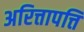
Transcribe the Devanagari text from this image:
अरित्तापत्ति